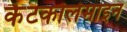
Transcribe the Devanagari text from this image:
कैटकोलेमाइन